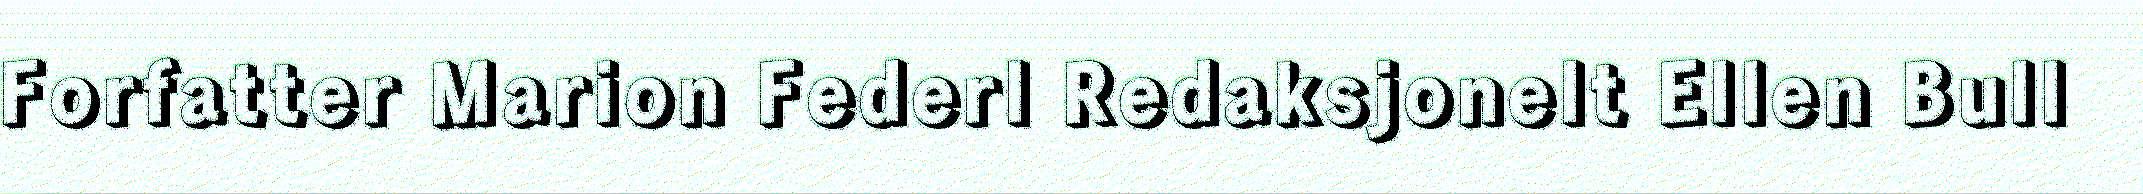
Forfatter Marion Federl Redaksjonelt Ellen Bull